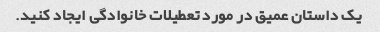
یک داستان عمیق در مورد تعطیلات خانوادگی ایجاد کنید.